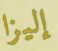
إليزا